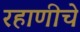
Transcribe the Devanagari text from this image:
रहाणीचे